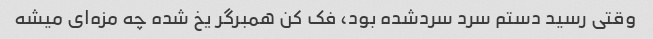
وقتی رسید دستم سرد سردشده بود، فک کن همبرگر یخ شده چه مزه‌ای میشه